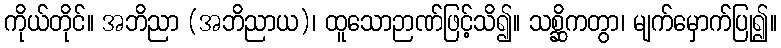
ကိုယ်တိုင်။ အဘိညာ (အဘိညာယ)၊ ထူသောဉာဏ်ဖြင့်သိ၍။ သစ္ဆိကတွာ၊ မျက်မှောက်ပြု၍။